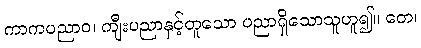
ကာကပညာဝ၊ ကျီးပညာနှင့်တူသော ပညာရှိသောသူဟူ၍။ တေ၊